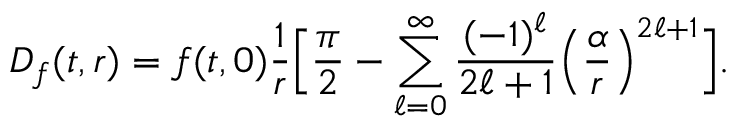
{ \cal D } _ { f } ( t , r ) = f ( t , 0 ) { \frac { 1 } { r } } \Big [ { \frac { \pi } { 2 } } - \sum _ { \ell = 0 } ^ { \infty } { \frac { ( - 1 ) ^ { \ell } } { 2 \ell + 1 } } \Big ( { \frac { \alpha } { r } } \Big ) ^ { 2 \ell + 1 } \Big ] .